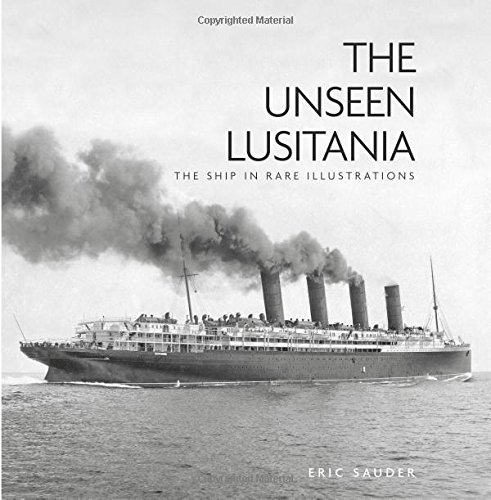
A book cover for The Unseen Lusitania: The Ship in Rare Illustrations; Eric Sauder; Arts & Photography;